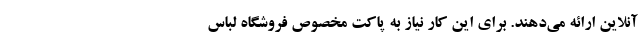
آنلاین ارائه می‌دهند. برای این کار نیاز به پاکت مخصوص فروشگاه لباس